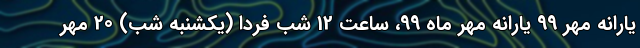
یارانه مهر 99 یارانه مهر ماه 99، ساعت 12 شب فردا (یکشنبه شب) 20 مهر